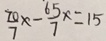
\frac { 7 0 } { 7 } x - \frac { 6 5 } { 7 } x = 1 5